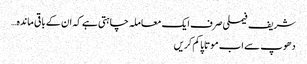
شریف فیملی صرف ایک معاملہ چاہتی ہے کہ ان کے باقی ماندہ…
دھوپ سے اب موتاپا کم کریں